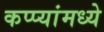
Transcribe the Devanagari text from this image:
कप्प्यांमध्ये